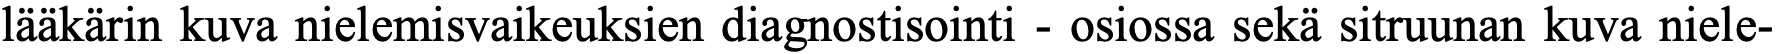
lääkärin kuva nielemisvaikeuksien diagnostisointi - osiossa sekä sitruunan kuva niele-